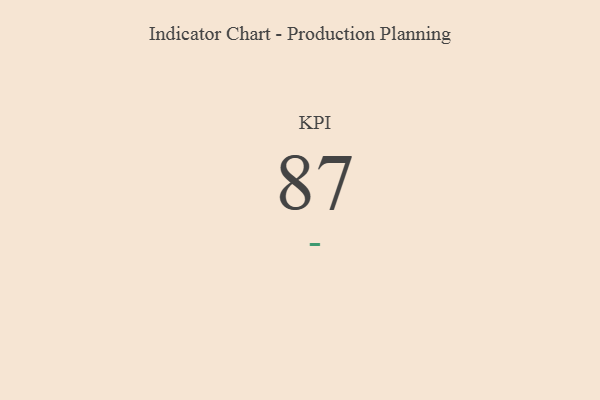
{"axis": {"x": "KPI", "y": "Value"}, "legend": [""], "data": [{"x": "KPI", "y": 87, "type": ""}]}